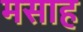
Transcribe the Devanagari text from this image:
मसाह